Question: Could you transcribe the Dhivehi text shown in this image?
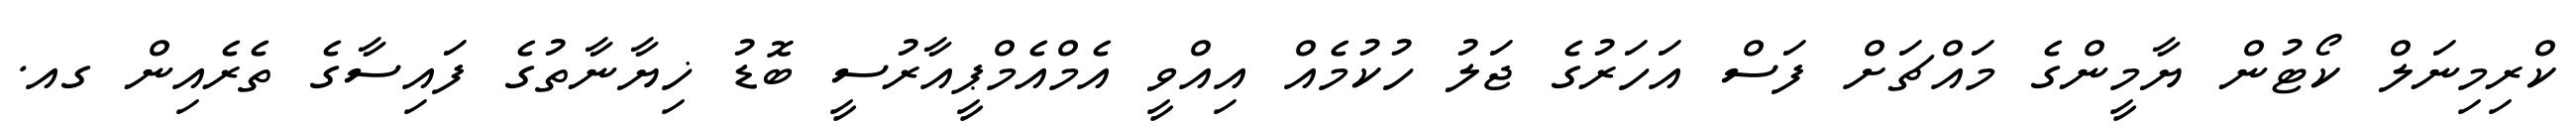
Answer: ކްރިމިނަލް ކޯޓުން ޔާމީންގެ މައްޗަށް ފަސް އަހަރުގެ ޖަލު ހުކުމެއް އިއްވީ އެމްއެމްޕީއާރުސީ ބޮޑު ޚިޔާނާތުގެ ފައިސާގެ ތެރެއިން ގއ.